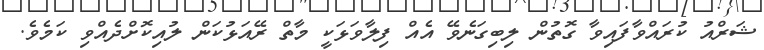
ޝަރްއު ކުރައްވާފައިވާ ގޮތުން ލިބިގަނެވޭ އެއް ފިލާވަޅަކީ މާތް ރޭއަޅުކަން ލުއިކޮށްދެއްވި ކަމެވެ.